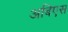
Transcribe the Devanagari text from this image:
अबिएस